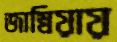
জাম্বিয়ায়